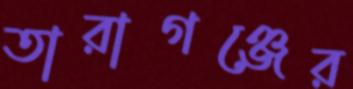
তারাগঞ্জের